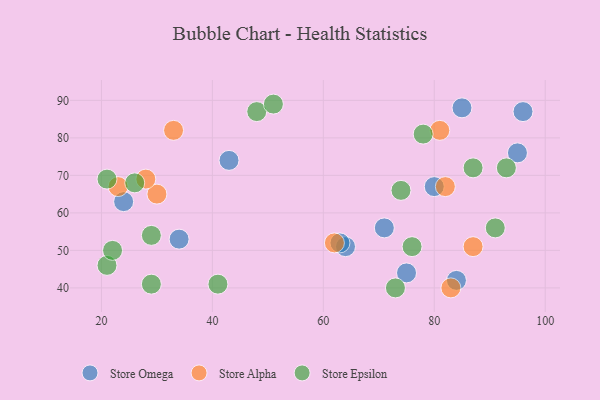
{"axis": {"x": "GDP", "y": "Life Expectancy"}, "legend": ["Store Alpha", "Store Epsilon", "Store Omega"], "data": [{"x": "64", "y": 51, "type": "Store Omega"}, {"x": "84", "y": 42, "type": "Store Omega"}, {"x": "24", "y": 63, "type": "Store Omega"}, {"x": "34", "y": 53, "type": "Store Omega"}, {"x": "96", "y": 87, "type": "Store Omega"}, {"x": "80", "y": 67, "type": "Store Omega"}, {"x": "85", "y": 88, "type": "Store Omega"}, {"x": "71", "y": 56, "type": "Store Omega"}, {"x": "75", "y": 44, "type": "Store Omega"}, {"x": "43", "y": 74, "type": "Store Omega"}, {"x": "63", "y": 52, "type": "Store Omega"}, {"x": "95", "y": 76, "type": "Store Omega"}, {"x": "62", "y": 52, "type": "Store Alpha"}, {"x": "81", "y": 82, "type": "Store Alpha"}, {"x": "23", "y": 67, "type": "Store Alpha"}, {"x": "82", "y": 67, "type": "Store Alpha"}, {"x": "83", "y": 40, "type": "Store Alpha"}, {"x": "30", "y": 65, "type": "Store Alpha"}, {"x": "33", "y": 82, "type": "Store Alpha"}, {"x": "87", "y": 51, "type": "Store Alpha"}, {"x": "28", "y": 69, "type": "Store Alpha"}, {"x": "93", "y": 72, "type": "Store Epsilon"}, {"x": "29", "y": 41, "type": "Store Epsilon"}, {"x": "74", "y": 66, "type": "Store Epsilon"}, {"x": "41", "y": 41, "type": "Store Epsilon"}, {"x": "48", "y": 87, "type": "Store Epsilon"}, {"x": "21", "y": 46, "type": "Store Epsilon"}, {"x": "91", "y": 56, "type": "Store Epsilon"}, {"x": "51", "y": 89, "type": "Store Epsilon"}, {"x": "76", "y": 51, "type": "Store Epsilon"}, {"x": "26", "y": 68, "type": "Store Epsilon"}, {"x": "21", "y": 69, "type": "Store Epsilon"}, {"x": "73", "y": 40, "type": "Store Epsilon"}, {"x": "29", "y": 54, "type": "Store Epsilon"}, {"x": "22", "y": 50, "type": "Store Epsilon"}, {"x": "78", "y": 81, "type": "Store Epsilon"}, {"x": "87", "y": 72, "type": "Store Epsilon"}]}